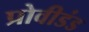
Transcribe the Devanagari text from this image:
प्रोवीडंड